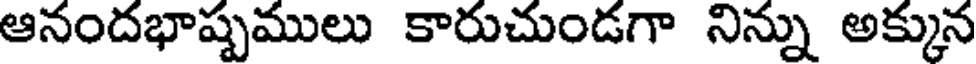
ఆనందభాష్పములు కారుచుండగా నిన్ను అక్కున